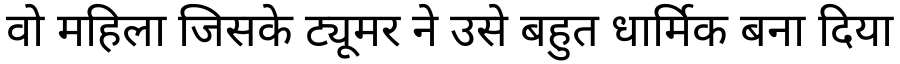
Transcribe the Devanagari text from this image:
वो महिला जिसके ट्यूमर ने उसे बहुत धार्मिक बना दिया